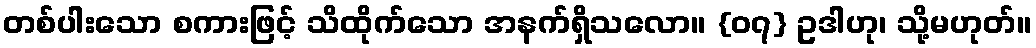
တစ်ပါးသော စကားဖြင့် သိထိုက်သော အနက်ရှိသလော။ {၀၇} ဥဒါဟု၊ သို့မဟုတ်။